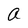
Character: a